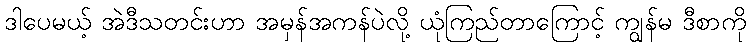
ဒါပေမယ့် အဲဒီသတင်းဟာ အမှန်အကန်ပဲလို့ ယုံကြည်တာကြောင့် ကျွန်မ ဒီစာကို